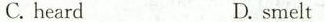
C. heardD. smelt